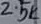
Text: 2.5K